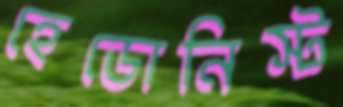
হেডোনিস্ট